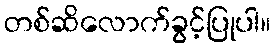
တစ်ဆိလောက်ခွင့်ပြုပါ။